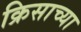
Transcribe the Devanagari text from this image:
क्रिसाच्या